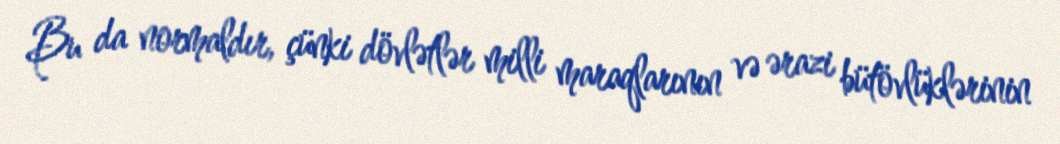
Bu da normaldır, çünki dövlətlər milli maraqlarının və ərazi bütövlüklərinin